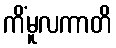
ကိံမူလကာတိ